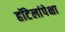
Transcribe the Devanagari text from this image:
हॉटेलांपेक्षा